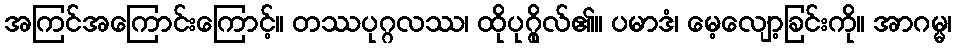
အကြင်အကြောင်းကြောင့်။ တဿပုဂ္ဂလဿ၊ ထိုပုဂ္ဂိုလ်၏။ ပမာဒံ၊ မေ့လျော့ခြင်းကို။ အာဂမ္မ၊